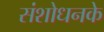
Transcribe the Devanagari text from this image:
संशोधनके